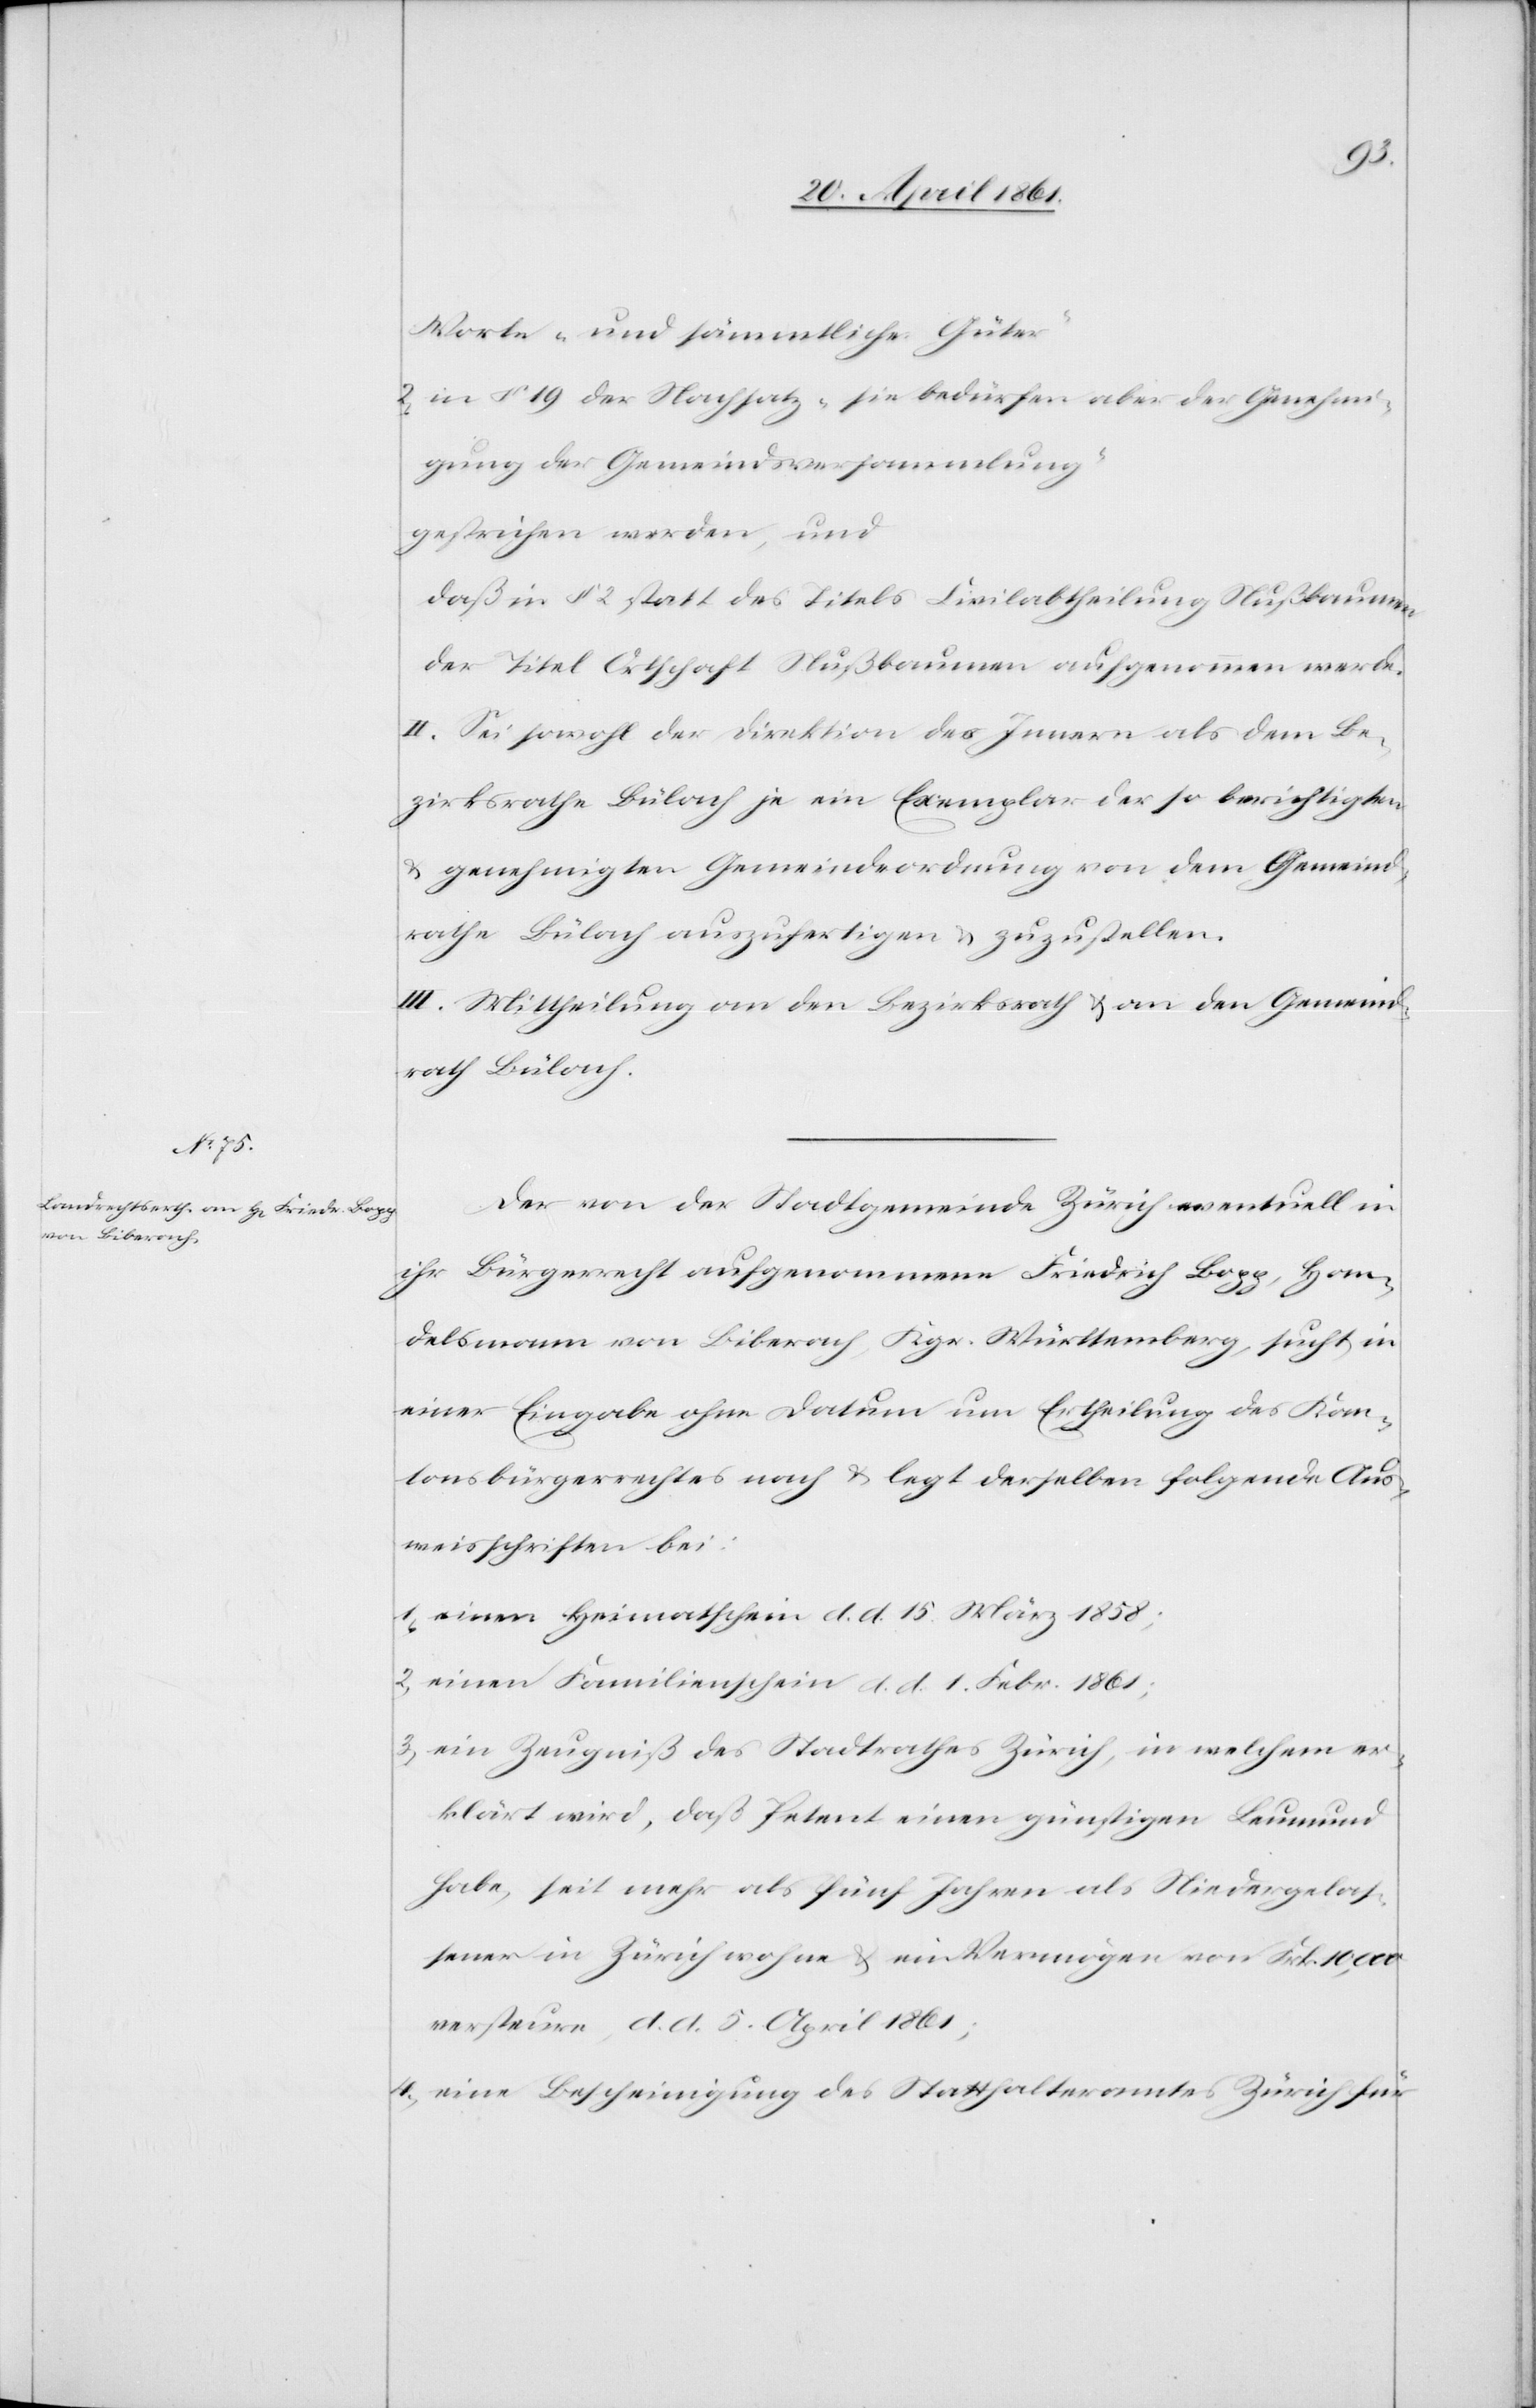
Worte „und sämmtliche Güter“
2. in §. 19 der Nachsatz „sie bedürfen aber der Genehmi¬
gung der Gemeindsversammlung“
gestrichen werden, und
daß in §. 2 statt des Titels Civilabtheilung Nußbaumen
der Titel Ortschaft Nußbaumen aufgenommen werde.
II. Sei sowohl der Direktion des Innern als dem Be¬
zirksrathe Bülach je ein Exemplar der so berichtigten
u. genehmigten Gemeindeordnung von dem Gemeind¬
rathe Bülach auszufertigen u. zuzustellen.
III. Mittheilung an den Bezirksrath u. an den Gemeind¬
rath Bülach.
Der von der Stadtgemeinde Zürich eventuell in
ihr Bürgerrecht aufgenommene Friedrich Bopp, Han¬
delsmann von Biberach, Kgr. Württemberg, sucht in
einer Eingabe ohne Datum um Ertheilung des Kan¬
tonsbürgerrechtes nach u. legt derselben folgende Aus¬
weisschriften bei:
1. einen Heimathschein d. d. 15. März 1858;
2. einen Familienschein d. d. 1. Febr. 1861;
3. ein Zeugniß des Stadtrathes Zürich, in welchem er¬
klärt wird, daß Petent einen günstigen Leumund
habe, seit mehr als fünf Jahren als Niedergelas¬
sener in Zürich wohne u. ein Vermögen von Frk. 10,000
versteure, d. d. 5. April 1861;
4. eine Bescheinigung des Statthalteramtes Zürich für